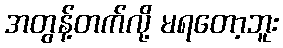
အတွန့်တက်လို့ မရတော့ဘူး